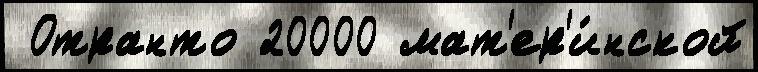
 Отранто 20000 мат'ер'и́нской